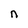
Character: n